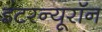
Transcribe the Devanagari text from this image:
इंटरन्यूरॉन